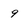
Character: 9